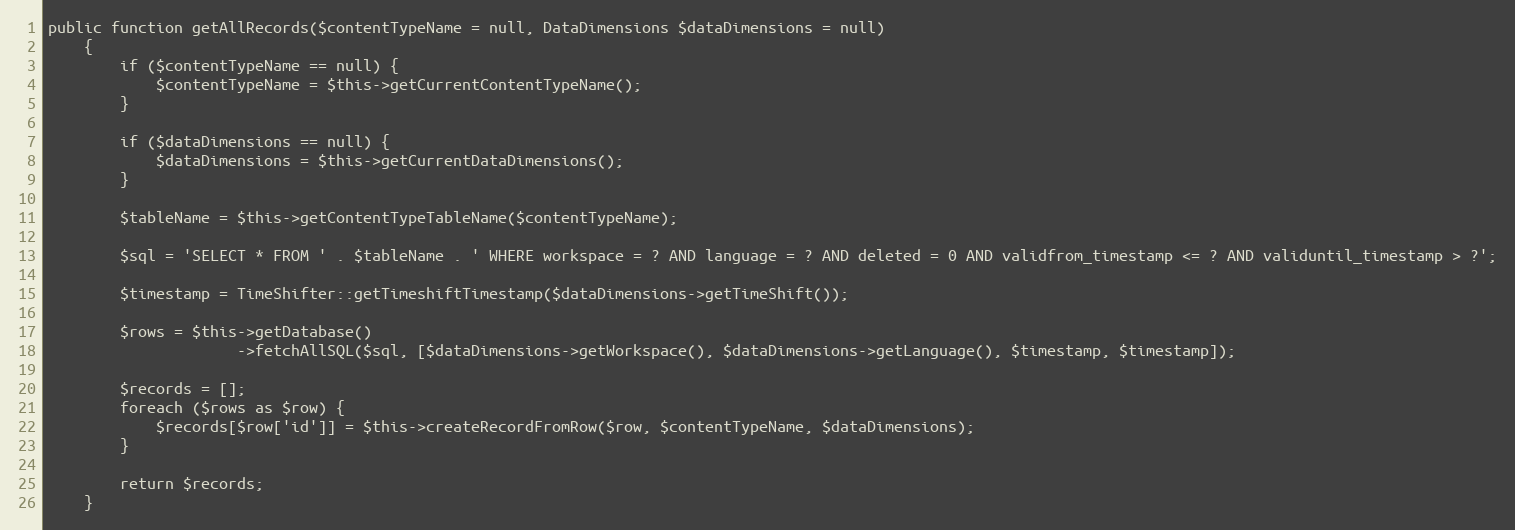
Language: PHP
public function getAllRecords($contentTypeName = null, DataDimensions $dataDimensions = null)
    {
        if ($contentTypeName == null) {
            $contentTypeName = $this->getCurrentContentTypeName();
        }

        if ($dataDimensions == null) {
            $dataDimensions = $this->getCurrentDataDimensions();
        }

        $tableName = $this->getContentTypeTableName($contentTypeName);

        $sql = 'SELECT * FROM ' . $tableName . ' WHERE workspace = ? AND language = ? AND deleted = 0 AND validfrom_timestamp <= ? AND validuntil_timestamp > ?';

        $timestamp = TimeShifter::getTimeshiftTimestamp($dataDimensions->getTimeShift());

        $rows = $this->getDatabase()
                     ->fetchAllSQL($sql, [$dataDimensions->getWorkspace(), $dataDimensions->getLanguage(), $timestamp, $timestamp]);

        $records = [];
        foreach ($rows as $row) {
            $records[$row['id']] = $this->createRecordFromRow($row, $contentTypeName, $dataDimensions);
        }

        return $records;
    }